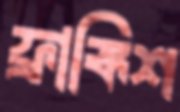
ফ্রাঙ্কিশ